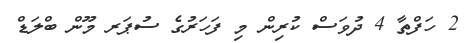
2 ހަފްތާ 4 ދުވަސް ކުރިން މި ފަހަރުގެ ސުޕަރ މޫން ބްލަޑް